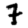
Digit: 7